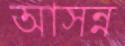
আসন্ন